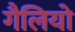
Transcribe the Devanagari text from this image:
गैलियो